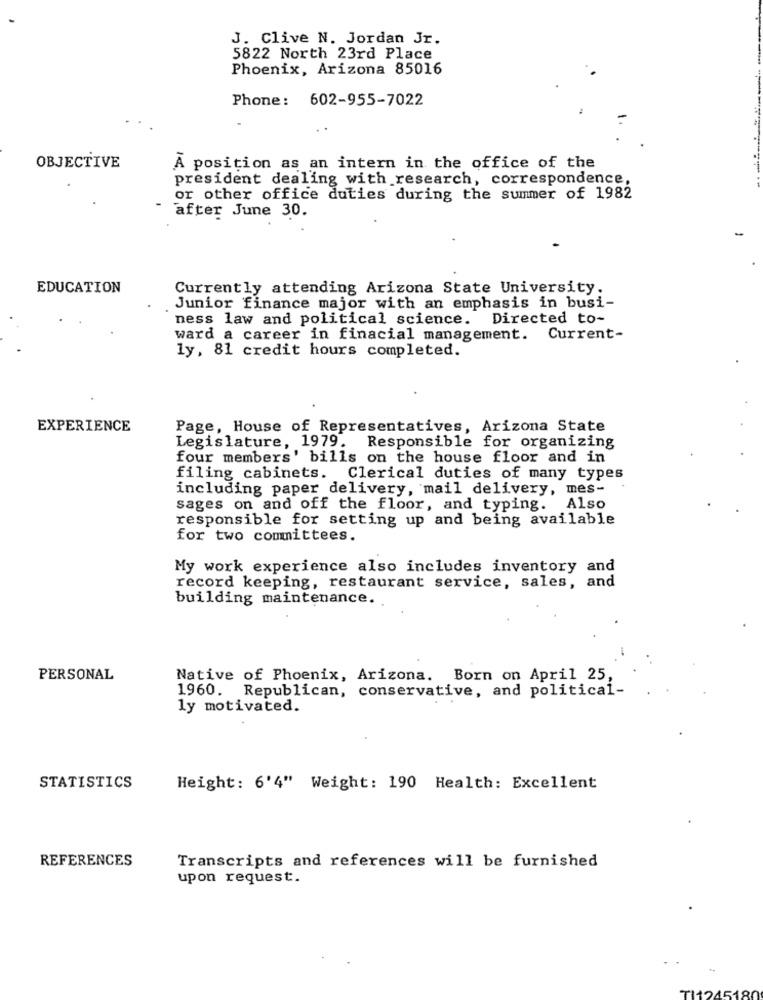
J. Clive N. Jordan Jr.
5822 North 23rd Place
Phoenix, Arizona 85016
Phone: 602-955-7022
OBJECTIVE
A position as an intern in the office of the
president dealing with research, correspondence,
or other office duties during the summer of 1982
after June 30.
EDUCATION
Currently attending Arizona State University.
Junior finance major with an emphasis in busi-
ness law and political science. Directed to-
ward a career in finacial management. Current-
ly, 81 credit hours completed.
EXPERIENCE
Page, House of Representatives, Arizona State
Legislature, 1979. Responsible for organizing
four members' bills on the house floor and in
filing cabinets.
Clerical duties of many types
including paper delivery, mail delivery, mes-
sages on and off the floor, and typing. Also
responsible for setting up and being available
for two committees.
My work experience also includes inventory and
record keeping, restaurant service, sales, and
building maintenance.
PERSONAL
Native of Phoenix, Arizona. Born on April 25,
1960. Republican, conservative, and political-
ly motivated.
STATISTICS
Height: 6'4" Weight: 190 Health: Excellent
REFERENCES
Transcripts and references will be furnished
upon request.